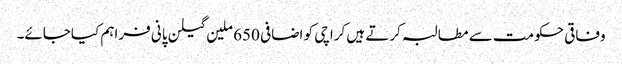
وفاقی حکومت سے مطالبہ کرتے ہیں کراچی کو اضافی 650 ملین گیلن پانی فراہم کیاجائے۔